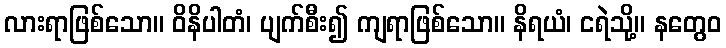
လားရာဖြစ်သော။ ဝိနိပါတံ၊ ပျက်စီး၍ ကျရာဖြစ်သော။ နိရယံ၊ ငရဲသို့။ နတွေဝ